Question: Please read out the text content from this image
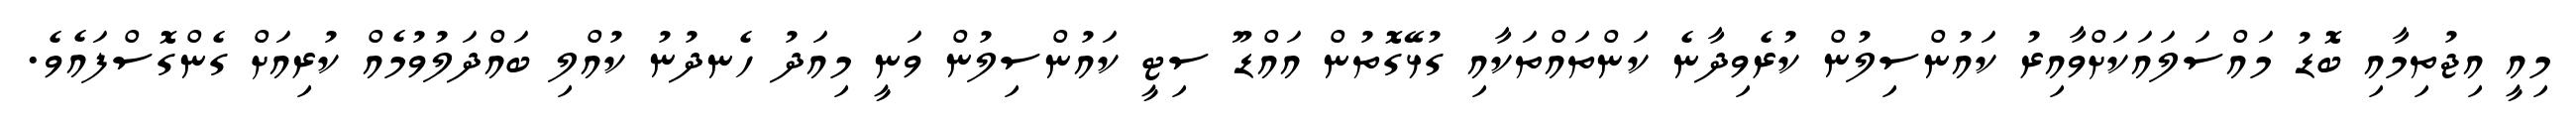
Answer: މިއީ އިޖުތިމާއި ބޮޑު މައްސަލައަކަށްވާއިރު ކައުންސިލުން ކުރެވިދާނެ ކަންތައްތަކާއި ގުޅޭގޮތުން އައްޑޫ ސިޓީ ކައުންސިލުން ވަނީ މިއަދު ހެނދުނު ކުއްލި ބައްދަލުވުމެއް ކުރިއަށް ގެންގޮސްފައެވެ.